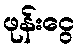
ဖုန်းငွေ